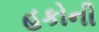
હકોની